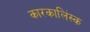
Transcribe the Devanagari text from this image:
कारकालिंस्क